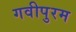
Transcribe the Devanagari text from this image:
गवीपुरम